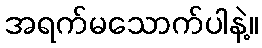
အရက်မသောက်ပါနဲ့။